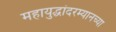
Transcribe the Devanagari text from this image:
महायुद्धांदरम्यानच्या